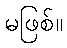
မဖြစ်။